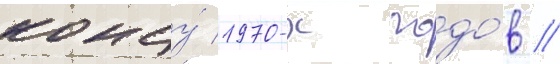
концу́ 1970-х годо́в //